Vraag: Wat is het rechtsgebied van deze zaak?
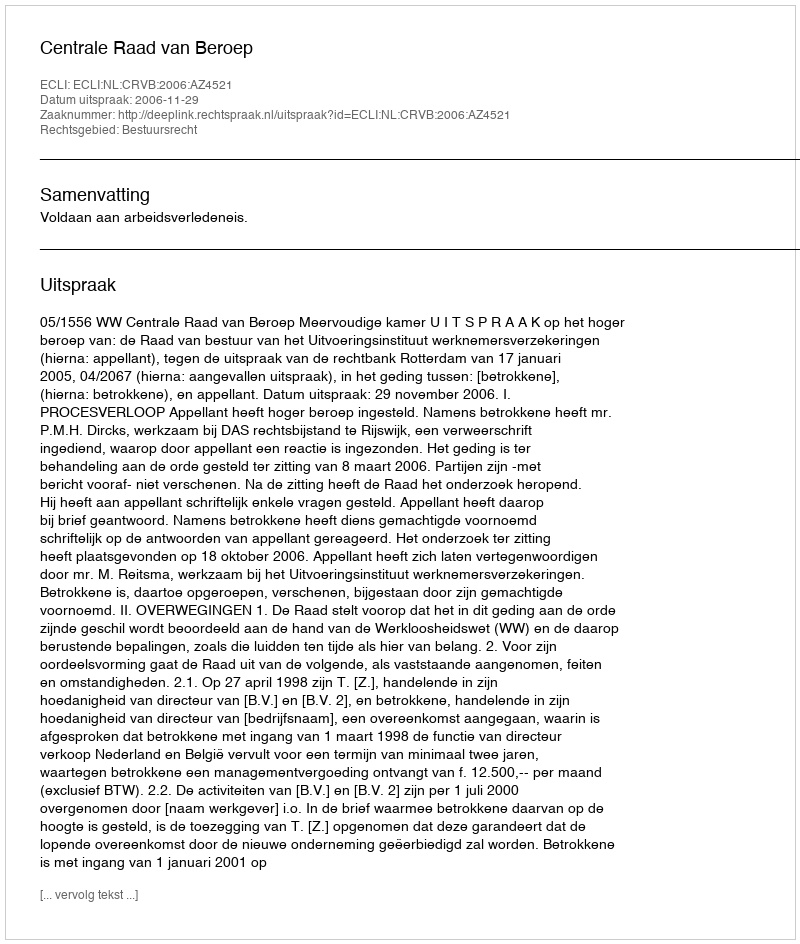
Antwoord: Bestuursrecht